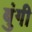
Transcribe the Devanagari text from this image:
बुंगी